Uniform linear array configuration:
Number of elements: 12
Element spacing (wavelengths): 1
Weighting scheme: hann
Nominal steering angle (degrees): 30
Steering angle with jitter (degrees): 28.871
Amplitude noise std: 0.05
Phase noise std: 0.05

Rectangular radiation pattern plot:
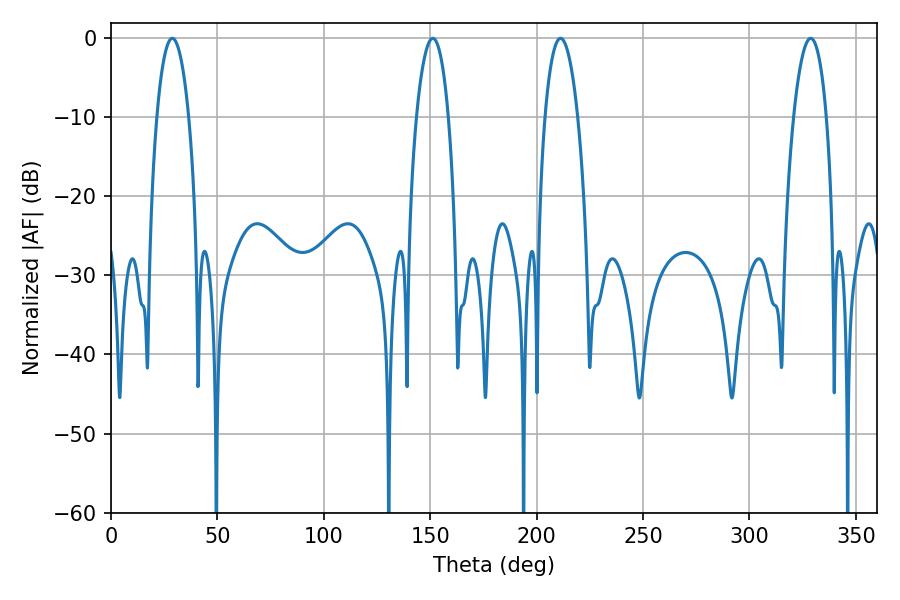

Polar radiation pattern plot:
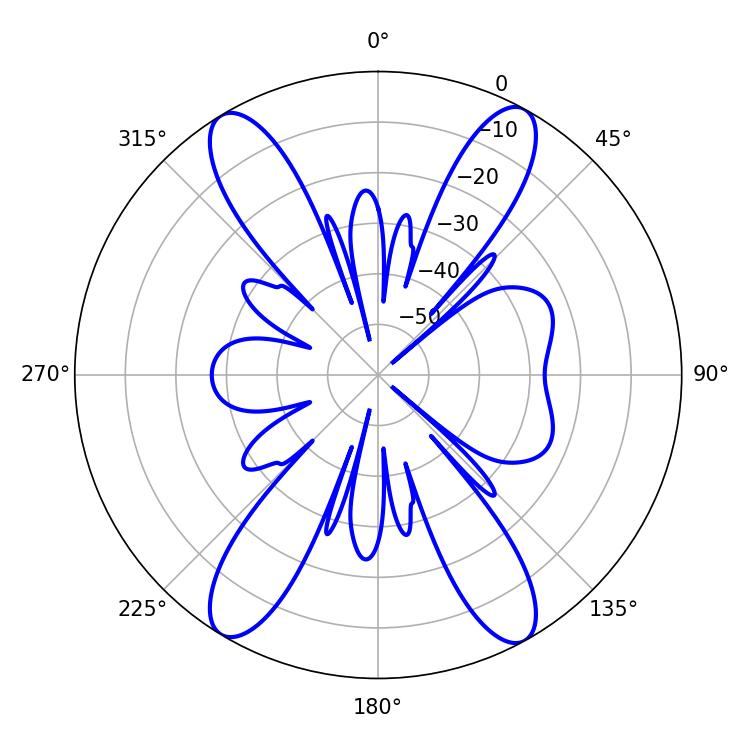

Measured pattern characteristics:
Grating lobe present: TRUE
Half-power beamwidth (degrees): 8.46
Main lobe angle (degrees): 28.8